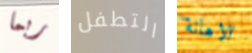
ربما التطفل الاهانة